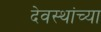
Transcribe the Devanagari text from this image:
देवस्थांच्या